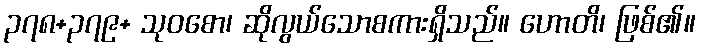
၃၇၈+၃၇၉+ သုဝစော၊ ဆိုလွယ်သောစကားရှိသည်။ ဟောတိ၊ ဖြစ်၏။